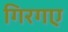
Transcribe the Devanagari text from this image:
गिरगए